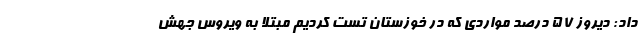
داد: دیروز ۵۷ درصد مواردی که در خوزستان تست کردیم مبتلا به ویروس جهش